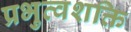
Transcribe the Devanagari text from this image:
प्रभुत्वशक्ति